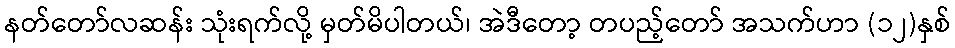
နတ်တော်လဆန်း သုံးရက်လို့ မှတ်မိပါတယ်၊ အဲဒီတော့ တပည့်တော် အသက်ဟာ (၁၂)နှစ်